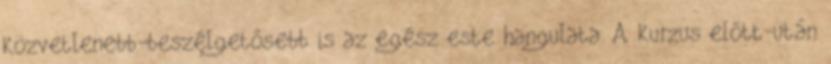
közvetlenebb-beszélgetősebb is az egész este hangulata. A kurzus előtt-után